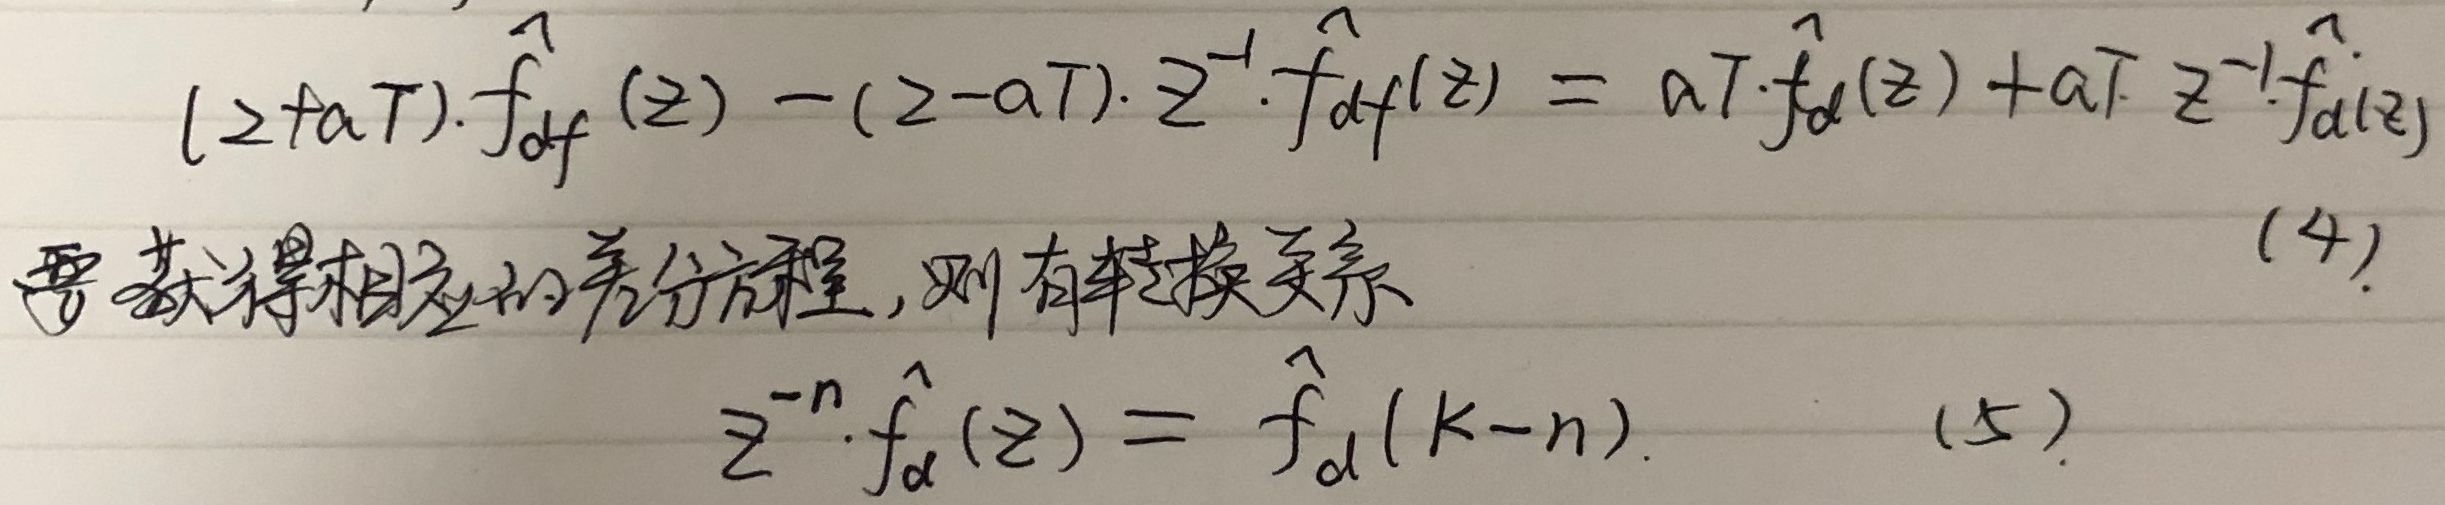
\[
\begin{align*}
( z + aT)\cdot\hat{f}_{df}(z)-(z - aT)\cdot z^{-1}\cdot\hat{f}_{df}(z)&=aT\cdot\hat{f}_{d}(z)+aT z^{-1}\hat{f}_{d}(z)\quad(4)\\
\end{align*}
\]
要获得相应的差分方程，则有转换关系
\[
z^{-n}\cdot\hat{f}_{d}(z)=\hat{f}_{d}(k - n)\quad(5)
\]